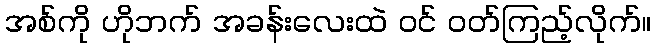
အစ်ကို ဟိုဘက် အခန်းလေးထဲ ဝင် ဝတ်ကြည့်လိုက်။